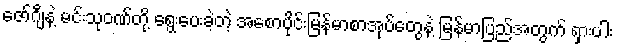
ဇော်ဂျီနဲ့ မင်းသုဝဏ်တို့ ရွေးပေးခဲ့တဲ့ အစောပိုင်းမြန်မာစာအုပ်တွေနဲ့ မြန်မာပြည်အတွက် ရှားပါး